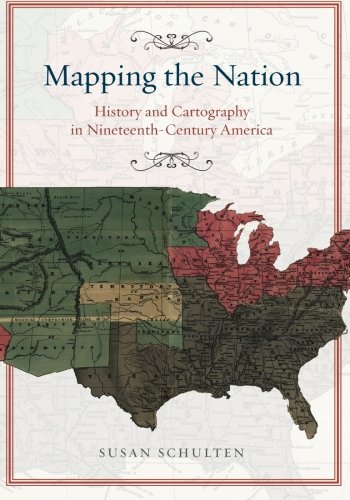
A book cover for Mapping the Nation: History and Cartography in Nineteenth-Century America; Susan Schulten; Science & Math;